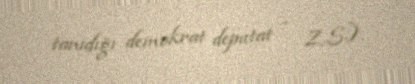
tanıdığı demokrat deputat - Z.S.).